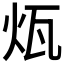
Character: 𤬬